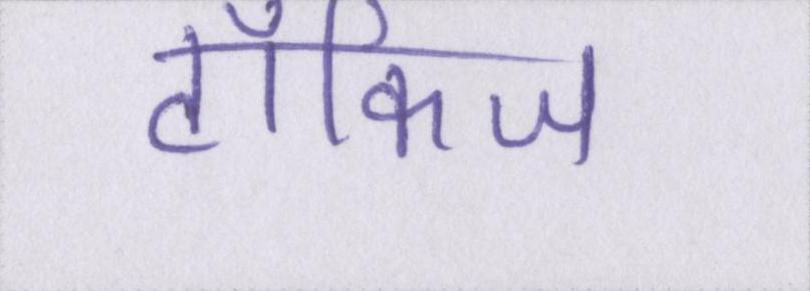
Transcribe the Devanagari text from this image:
टॉकिज